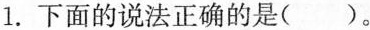
1.下面的说法正确的是()。